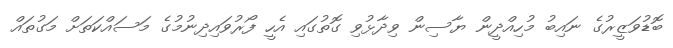
ބޮޑުވަޒީރުގެ ނައިބު މުހިއްދީން ޔާސިން ވިދާޅުވި ގޮތުގައި އެހީ ފޯރުވައިދިނުމުގެ މަސައްކަތަށް މަގުތައް